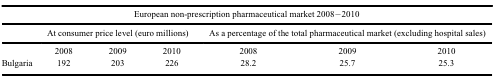
| <COLSPAN=7> European non-prescription pharmaceutical market 2008–2010 |
 |  | <COLSPAN=3> At consumer price level (euro millions) | <COLSPAN=3> As a percentage of the total pharmaceutical market (excluding hospital sales) |
 | --- | --- | --- | --- | --- | --- | --- |
 |  | 2008 | 2009 | 2010 | 2008 | 2009 | 2010 |
 | Bulgaria | 192 | 203 | 226 | 28.2 | 25.7 | 25.3 |